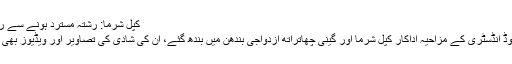
کپل شرما: رشتہ مسترد ہونے سے رخصتی تک -
ممبئی: بالی ووڈ انڈسٹری کے مزاحیہ اداکار کپل شرما اور گینی چھاتراتھ ازدواجی بندھن میں بندھ گئے، اُن کی شادی کی تصاویر اور ویڈیوز بھی سامنے آگئیں۔